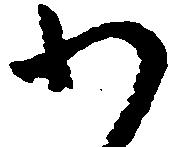
わ